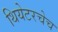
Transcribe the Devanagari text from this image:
थियेटरचेच